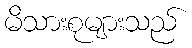
မိသားစုများသည်